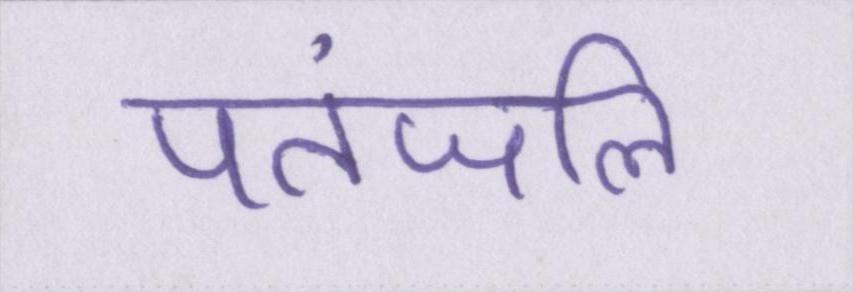
पतंजलि